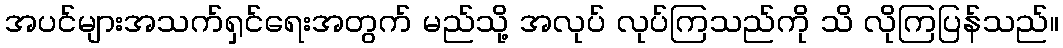
အပင်များအသက်ရှင်ရေးအတွက် မည်သို့ အလုပ် လုပ်ကြသည်ကို သိ လိုကြပြန်သည်။